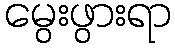
မွေးဖွားရာ